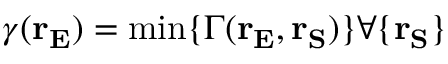
\displaystyle \gamma ( \mathbf { r _ { E } } ) = \operatorname* { m i n } \{ \Gamma ( \mathbf { r _ { E } } , \mathbf { r _ { S } } ) \} \forall \{ \mathbf { r _ { S } } \}